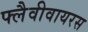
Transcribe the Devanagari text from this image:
फ्लैवीवायरस